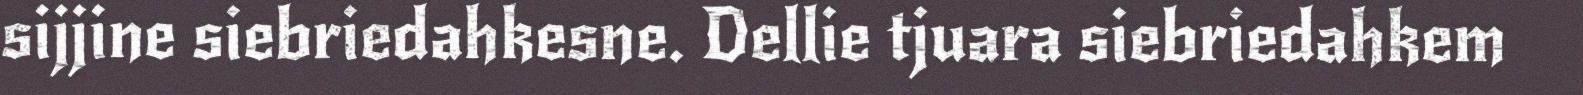
sijjine siebriedahkesne. Dellie tjuara siebriedahkem